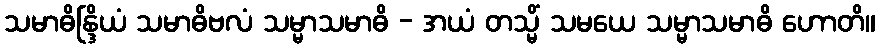
သမာဓိန္ဒြိယံ သမာဓိဗလံ သမ္မာသမာဓိ - အယံ တသ္မိံ သမယေ သမ္မာသမာဓိ ဟောတိ။